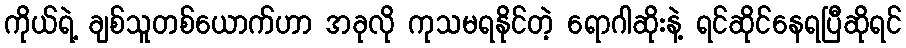
ကိုယ်ရဲ့ ချစ်သူတစ်ယောက်ဟာ အခုလို ကုသမရနိုင်တဲ့ ရောဂါဆိုးနဲ့ ရင်ဆိုင်နေရပြီဆိုရင်